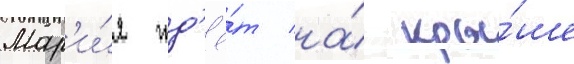
Мар'и́я жд'ё́т на́ кры́ше